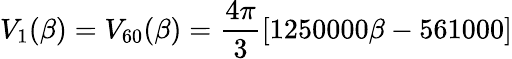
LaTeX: V_{1}(\beta)=V_{60}(\beta)=\frac{4\pi}{3}[1250000\beta-561000]